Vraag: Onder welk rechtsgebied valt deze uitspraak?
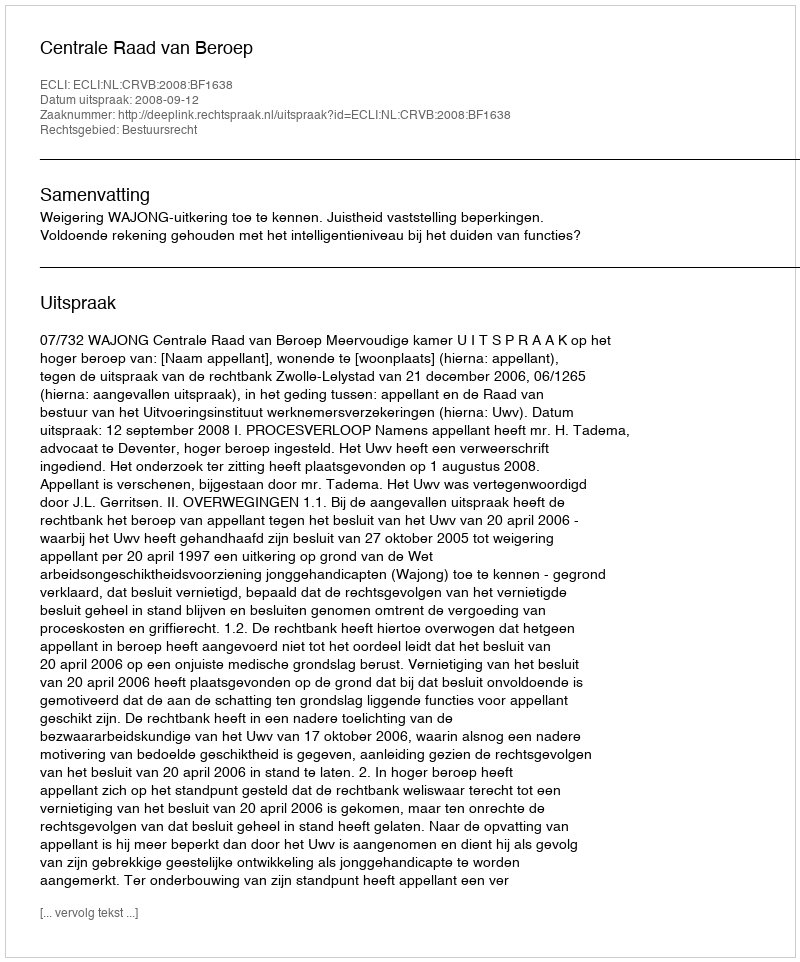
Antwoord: Bestuursrecht